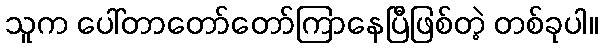
သူက ပေါ်တာတော်တော်ကြာနေပြီဖြစ်တဲ့ တစ်ခုပါ။